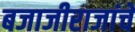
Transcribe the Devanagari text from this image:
बजाजीराजांचे